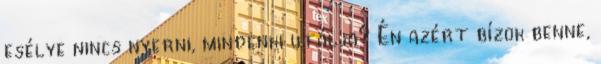
esélye nincs nyerni, mindenki utálja? Én azért bízok benne,